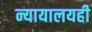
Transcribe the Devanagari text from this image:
न्यायालयही